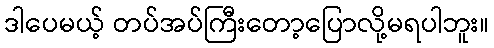
ဒါပေမယ့် တပ်အပ်ကြီးတော့ပြောလို့မရပါဘူး။